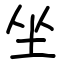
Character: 坐